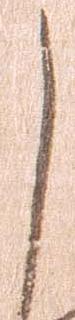
し